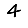
Digit: 4